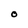
Character: O